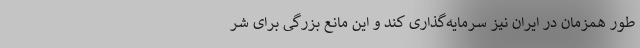
طور همزمان در ایران نیز سرمایه‌گذاری کند و این مانع بزرگی برای شر